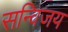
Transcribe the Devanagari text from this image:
सन्विजय